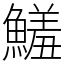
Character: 鱃